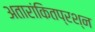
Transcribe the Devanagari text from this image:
अतारांकितप्रश्न